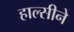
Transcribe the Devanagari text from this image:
हाल्सीने